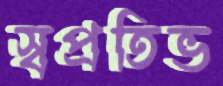
স্বপ্রতিভ